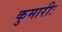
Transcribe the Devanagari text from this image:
कुमारीः